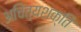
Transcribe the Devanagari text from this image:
अचिंत्यशक्ति